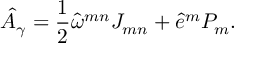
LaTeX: \hat { A } _ { \gamma } = \frac { 1 } { 2 } \hat { \omega } ^ { m n } J _ { m n } + \hat { e } ^ { m } P _ { m } .